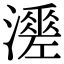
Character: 𤁺